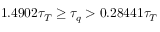
1 . 4 9 0 2 \tau _ { T } \geq \tau _ { q } > 0 . 2 8 4 4 1 \tau _ { T }